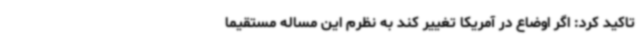
تاکید کرد: اگر اوضاع در آمریکا تغییر کند به نظرم این مساله مستقیما